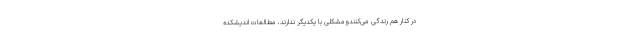
در کنار هم زندگی می‌کنندومشکلی با یکدیگر ندارند، مطالعات اندیشکده